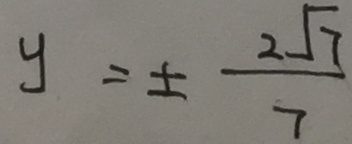
y = \pm \frac { 2 \sqrt { 7 } } { 7 }